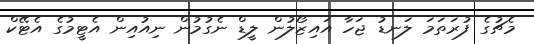
މެޗުގެ ފުރަތަމަ ލަނޑު ޖަހާ އައިޒޯލުން ލީޑް ނެގުމުން ނިއުއިން އެޓީމުގެ އެޓޭކް